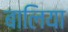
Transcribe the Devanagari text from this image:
बालिया